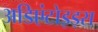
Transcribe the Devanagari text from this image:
अडिएंटोइड्स